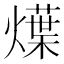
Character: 𤐌